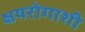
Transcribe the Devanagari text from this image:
क्षयरोगाशी